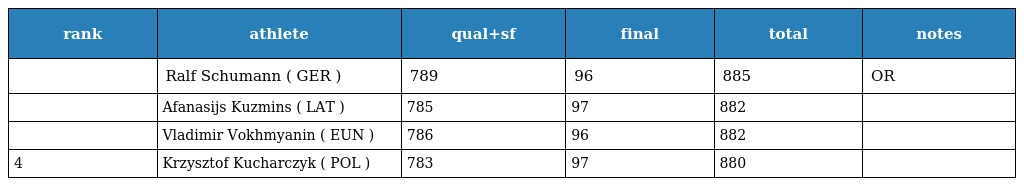
| rank | athlete | qual+sf | final | total | notes |
 | --- | --- | --- | --- | --- | --- |
 |  | Ralf Schumann ( GER ) | 789 | 96 | 885 | OR |
 |  | Afanasijs Kuzmins ( LAT ) | 785 | 97 | 882 |  |
 |  | Vladimir Vokhmyanin ( EUN ) | 786 | 96 | 882 |  |
 | 4 | Krzysztof Kucharczyk ( POL ) | 783 | 97 | 880 |  |